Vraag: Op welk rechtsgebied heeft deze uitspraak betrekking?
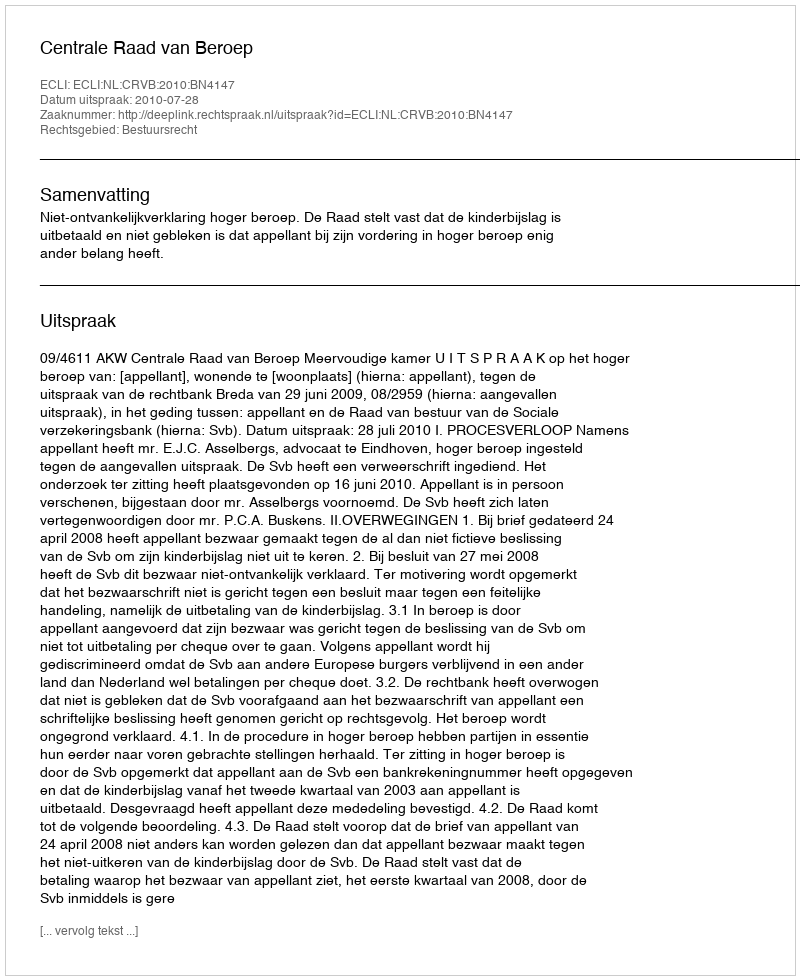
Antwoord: Bestuursrecht